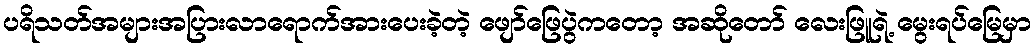
ပရိသတ်အများအပြားလာရောက်အားပေးခဲ့တဲ့ ဖျော်ဖြေပွဲကတော့ အဆိုတော် လေးဖြူရဲ့ မွေးရပ်မြေမှာ